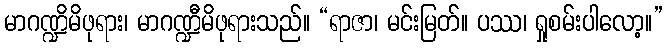
မာဂဏ္ဍိမိဖုရား၊ မာဂဏ္ဍီမိဖုရားသည်။ “ရာဇာ၊ မင်းမြတ်။ ပဿ၊ ရှုစမ်းပါလော့။”